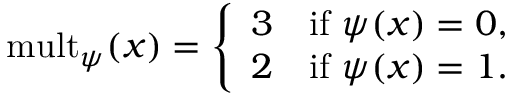
\mathrm { m u l t } _ { \psi } ( x ) = \left\{ \begin{array} { l l } { { 3 } } & { { \mathrm { i f } \ \psi ( x ) = 0 , } } \\ { { 2 } } & { { \mathrm { i f } \ \psi ( x ) = 1 . } } \end{array} \right.